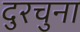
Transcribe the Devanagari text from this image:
दुरचुना